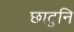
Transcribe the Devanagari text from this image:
छाटुनि